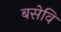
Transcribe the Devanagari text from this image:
बसेवि